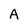
Character: A